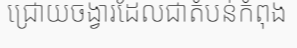
ជ្រោយចង្វារដែលជាតំបន់កំពុង